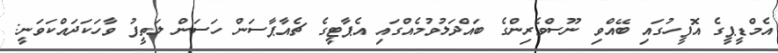
އެމްޑީޕީގެ އޮފީހުގައި ބޭއްވި ނޫސްވެރިންގެ ބައްދަލުވުމެއްގައި އެޕާޓީގެ ޗެއާޕާސަން ހަސަން ލަތީފު ވާހަކަދައްކަވަނީ: